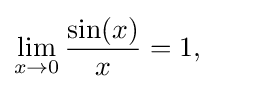
\lim _{x\to 0}{\frac {\sin(x)}{x}}=1,\qquad